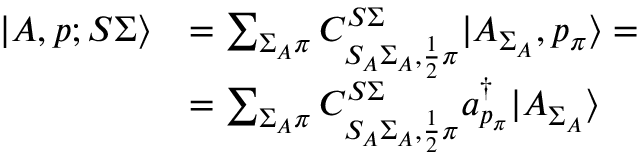
\begin{array} { r l } { | A , p ; S \Sigma \rangle } & { = \sum _ { \Sigma _ { A } \pi } C _ { S _ { A } \Sigma _ { A } , \frac { 1 } { 2 } \pi } ^ { S \Sigma } | A _ { \Sigma _ { A } } , p _ { \pi } \rangle = } \\ & { = \sum _ { \Sigma _ { A } \pi } C _ { S _ { A } \Sigma _ { A } , \frac { 1 } { 2 } \pi } ^ { S \Sigma } a _ { p _ { \pi } } ^ { \dagger } | A _ { \Sigma _ { A } } \rangle } \end{array}